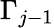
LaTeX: \Gamma_{j-1}